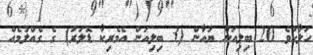
ހަލާކުވެ 20 ބިލިއަން ޔުއާން (3 ބިލިއަން އެމެރިކާ ޑޮލަރު) ގެ ގެއްލުމެއް